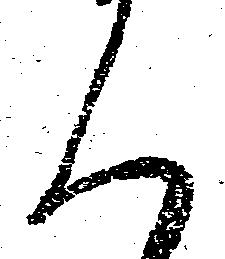
く